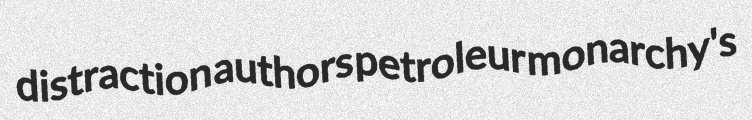
distraction authors petroleur monarchy's